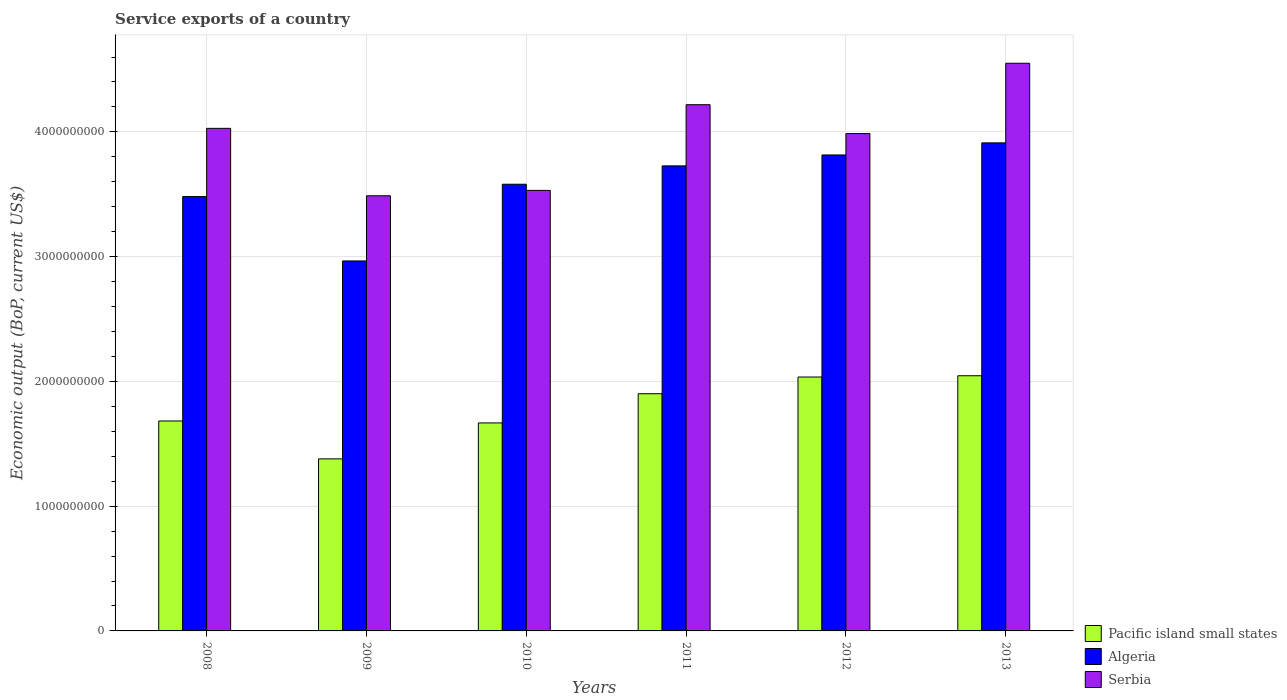
| Years | Pacific island small states | Algeria | Serbia |
 | --- | --- | --- | --- |
 | 2008 | 1.68e+09 | 3.48e+09 | 4.03e+09 |
 | 2009 | 1.38e+09 | 2.97e+09 | 3.49e+09 |
 | 2010 | 1.67e+09 | 3.58e+09 | 3.53e+09 |
 | 2011 | 1.9e+09 | 3.73e+09 | 4.22e+09 |
 | 2012 | 2.04e+09 | 3.82e+09 | 3.99e+09 |
 | 2013 | 2.05e+09 | 3.91e+09 | 4.55e+09 |